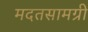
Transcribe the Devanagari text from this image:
मदतसामग्री